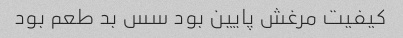
کیفیت مرغش پایین بود سس بد طعم بود